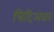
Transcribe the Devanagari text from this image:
चिदिअघर